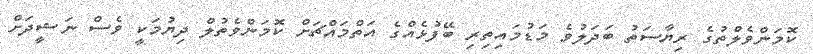
ކޮމަންވެލްތުގެ ރިޔާސަތު ބަދަލުވެ މަޑުމައިތިރި ބޭފުޅެއްގެ އަތްމައްޗަށް ކޮމަންވެތުލް ދިޔުމަކީ ވެސް ނަޝީދަށް